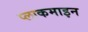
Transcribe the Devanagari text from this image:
प्लाकमाइन